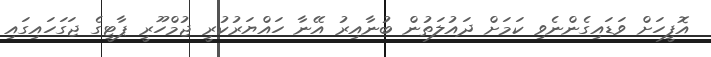
އޮފީހަށް ވަޑައިގެންނެވި ކަމަށް ދައުލަތުން ބުނާއިރު އޭނާ ހައްޔަރުކުރީ ޖުމްހޫރީ ޕާޓީގެ ޖަގަހައިގައި